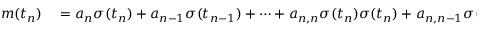
\begin{array} { r l } { m ( t _ { n } ) } & { { } = a _ { n } \sigma ( t _ { n } ) + a _ { n - 1 } \sigma ( t _ { n - 1 } ) + \cdots + a _ { n , n } \sigma ( t _ { n } ) \sigma ( t _ { n } ) + a _ { n , n - 1 } \sigma ( t _ { n } ) \sigma ( t _ { n - 1 } ) + \cdots . } \end{array}